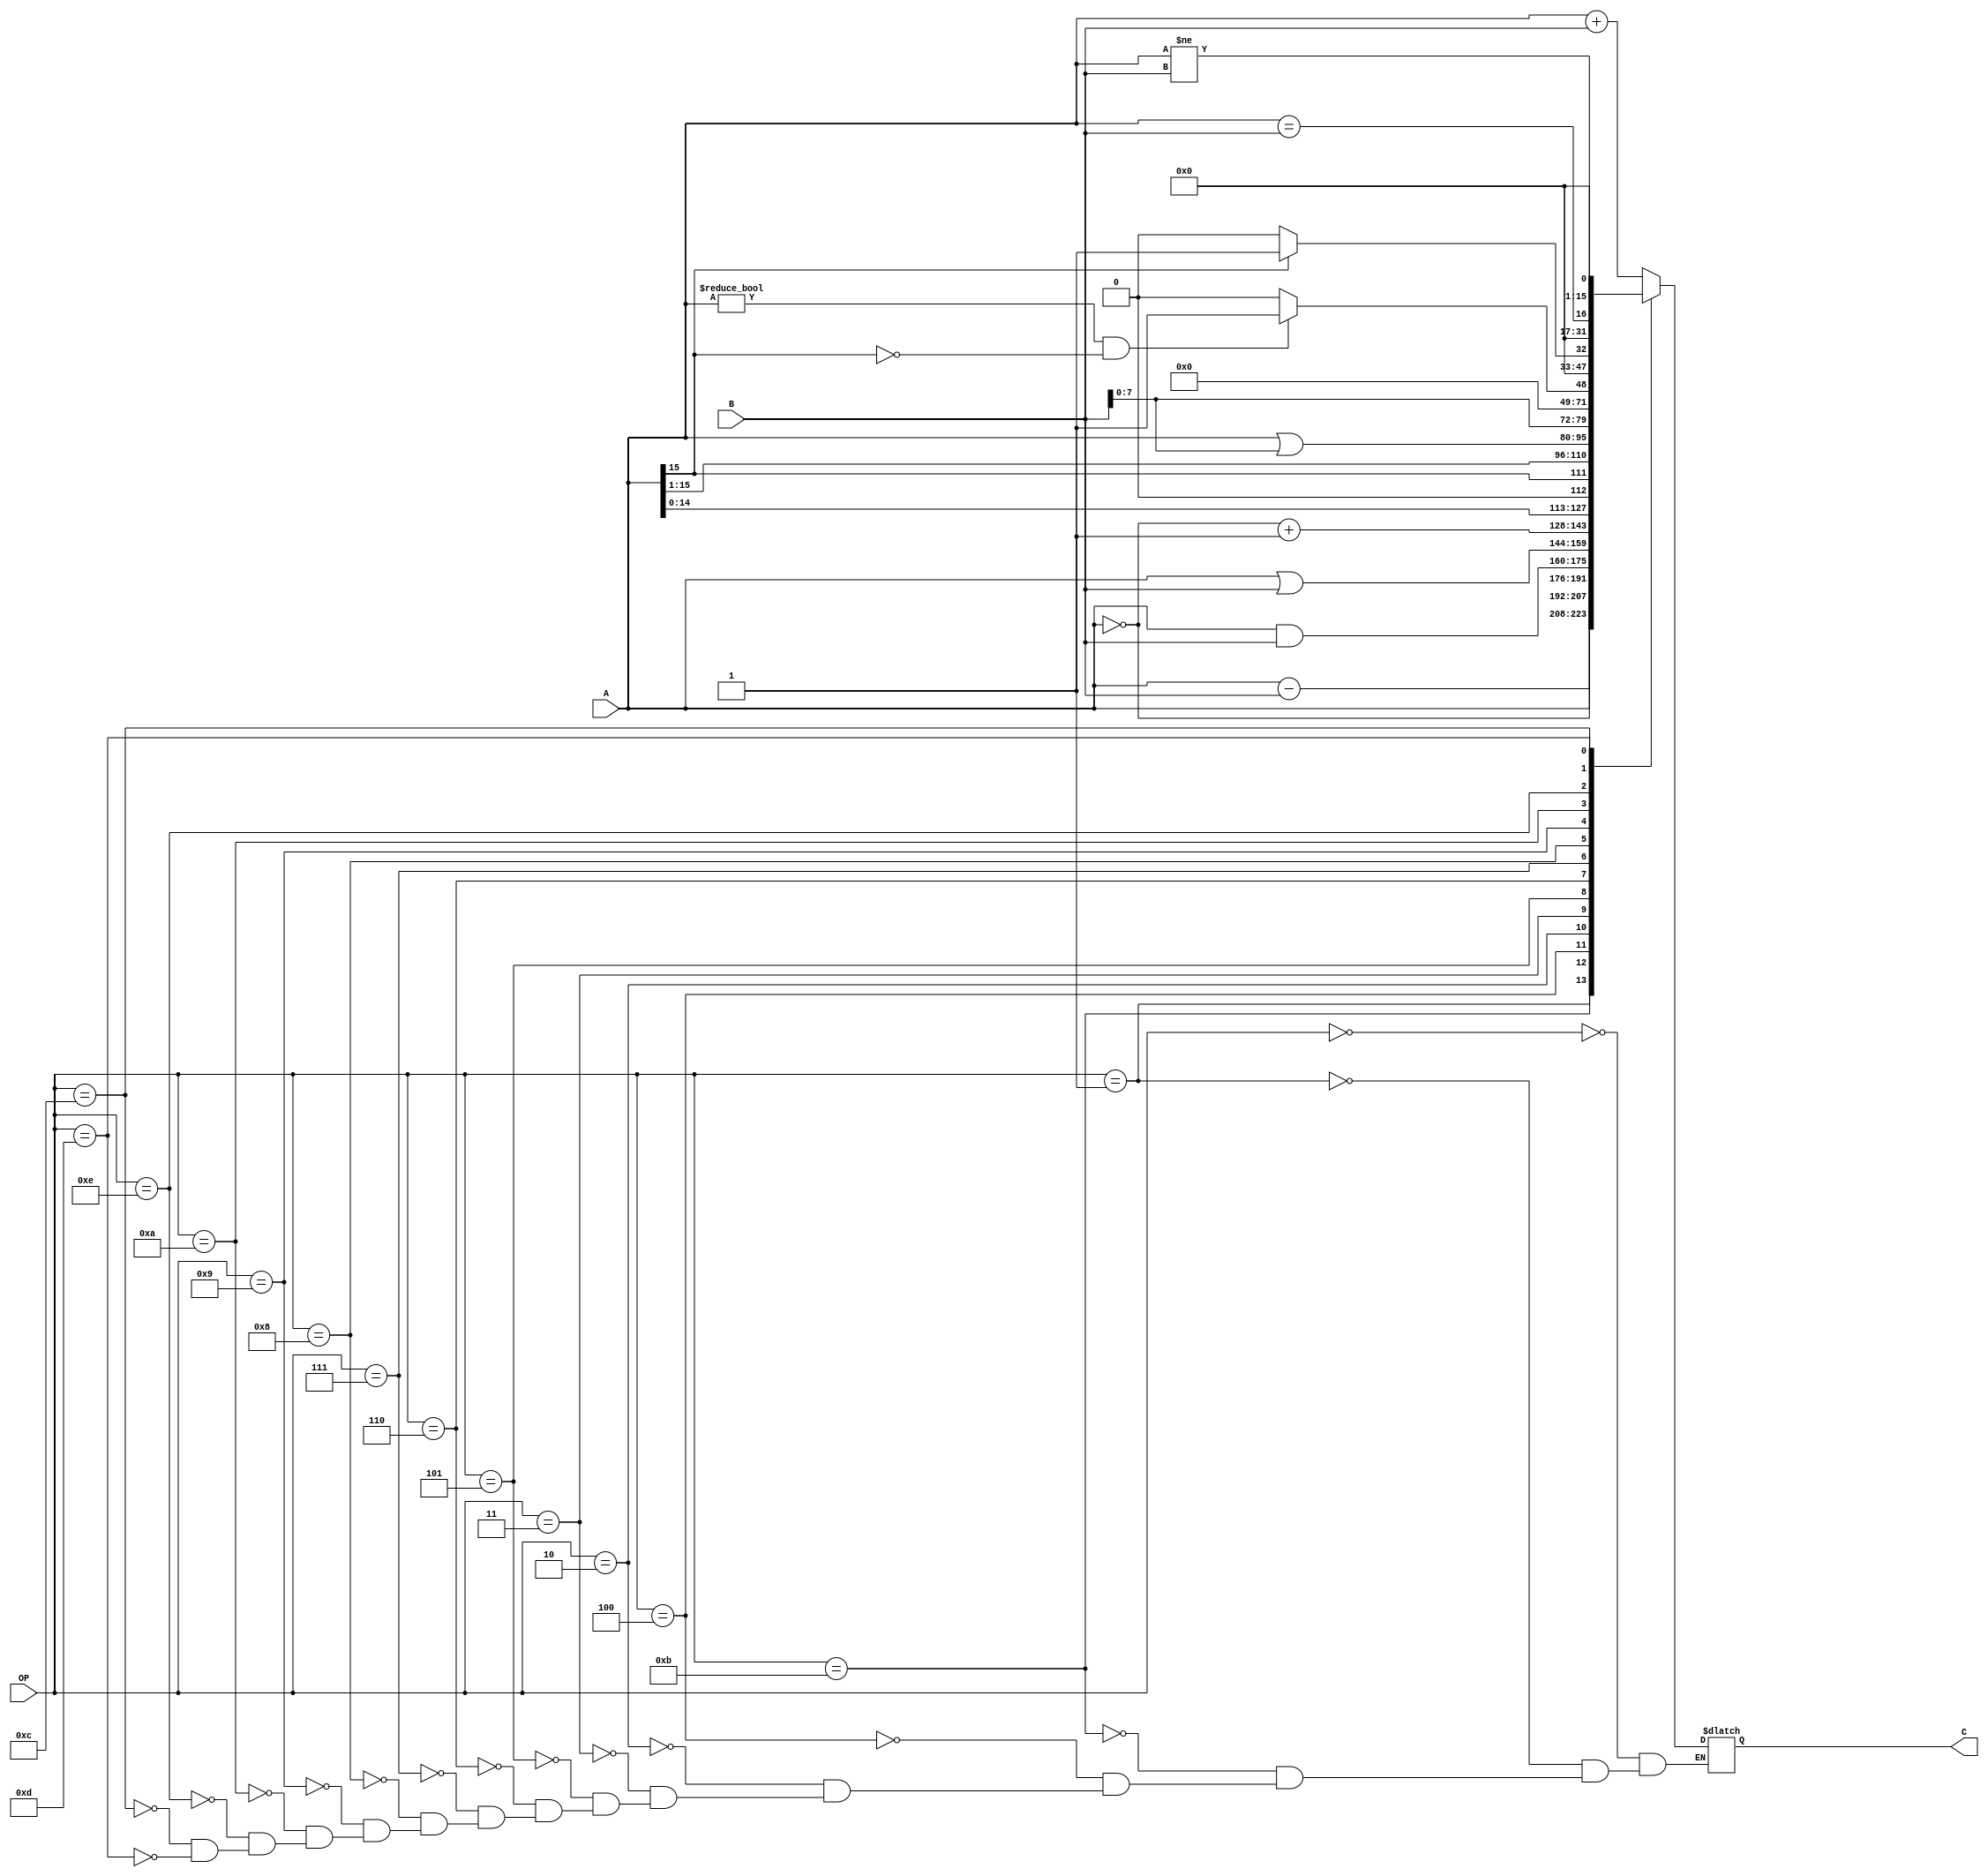
`timescale 1ns / 1ps
//////////////////////////////////////////////////////////////////////////////////
// Company: 
// Engineer: 
// 
// Design Name: 
// Module Name: ALU
// Project Name: 
// Target Devices: 
// Tool Versions: 
// Description: 
// 
// Dependencies: 
// 
// Revision:
// Revision 0.01 - File Created
// Additional Comments:
// 
//////////////////////////////////////////////////////////////////////////////////

`define	OP_ADD  4'b0000
`define	OP_SUB  4'b0001
`define OP_AND  4'b0010
`define OP_ORR  4'b0011
`define OP_NOT  4'b0100
`define OP_TCP  4'b0101
`define OP_SHL  4'b0110
`define OP_SHR  4'b0111
`define OP_ORI  4'b1000
`define OP_LHI  4'b1001
`define OP_GTZ  4'b1010
`define OP_ID   4'b1011
`define OP_EQ   4'b1100
`define OP_NEQ  4'b1101
`define OP_LTZ  4'b1110

module ALU(
    input [15:0] A,
    input [15:0] B,
    input [3:0] OP,
    output reg [15:0] C
    );
    reg Cout;
    always @(*) begin
         case(OP)
            `OP_ADD: begin
                {Cout, C} = $signed(A) + $signed(B); // allocate MSB to Cout to allocate 1 to Cout when overflow
            end
            `OP_SUB: begin
                {Cout, C} = $signed(A) - $signed(B); // allocate MSB to Cout to allocate 1 to Cout when underflow
            end
            `OP_ID: begin
                C = A;
            end
            `OP_NOT: begin
                C = ~A;
            end
            `OP_AND: begin
                C = A & B;
            end
            `OP_ORR: begin
                C = A | B;
            end
            `OP_TCP: begin
                C = ~A + 1;
            end
            `OP_SHL: begin
                C = {A[14:0], 1'b0};
            end
            `OP_SHR: begin
                C = {A[15], A[15:1]};
            end
            `OP_ORI: begin
                C = A | {{8{1'b0}}, B[7:0]};
            end
            `OP_LHI: begin
                C = {B[7:0], {8{1'b0}}};
            end
            `OP_GTZ: begin
                C = (A != 0 && A[15] == 0) ? 1 : 0;
            end
            `OP_LTZ: begin
                C = A[15] == 1 ? 1 : 0;
            end
            `OP_ORI: begin
                C = A | B;
            end
            `OP_EQ: begin
                C = (A == B);
            end
            `OP_NEQ: begin
                C = (A != B);
            end
        endcase 
    end
endmodule